Annual report of the Punjab Veterinary College and of the Civil Veterinary Department, Punjab - 1926-1932
Year: 1926
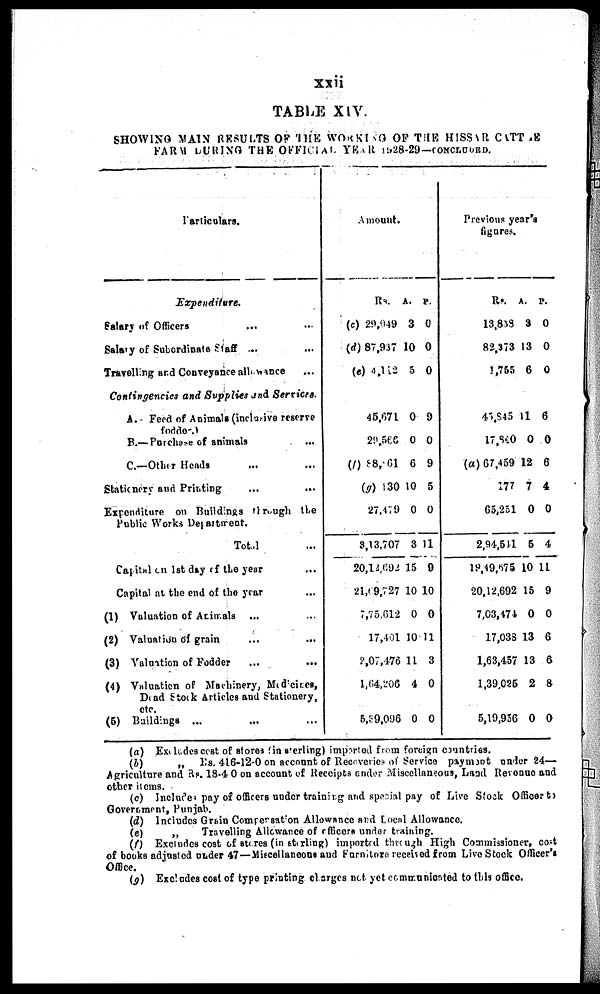
xxii
TABLE XIV.
SHOWING MAIN RESULTS OF THE WORKING OF THE HISSAR CATTLE
FARM DURING THE OFFICIAL YEAR 1928-29—CONCLUDED.
Particulars.
Expenditure.
Salary of Officers ... ...
Salary of Subordinate Staff ... ...
Travelling and Conveyance allowance ...
Contingencies and Supplies and Services.
A. Feed of Animals (inclusive reserve
fodds.)
B.— Purchase of animals
...
C.—Other Heads ... ...
Stationery and Printing
...
...
Expenditure on Buildings through the
Public Works Department.
Total ...
Capital on 1st day of the year ...
Capital at the end of the year ...
(1) Valuation of Animals ... ...
(2) Valuation of grain ... ...
(3) Valuation of Fodder … …
(4) Valuation of Machinery, Medicines,
Dead Stock Articles and Stationery,
etc.
(5) Buildings ... ... ...
Amount.
Rs.
(c) 29,949
(d) 87,937
(e) 4,112
45,671
29,566
(f) 88, 61
(g) 130
27,4V 9
3,13,707
20,12,692 15 9
21,19,727
7,75,612
17,401
2,07,476
1,64,206
5,39,096
A.
3
10
5
0
0
6
10
0
3
10
0
10
11
4
0
P.
0
0
0
9
0
9
5
0
11
10
0
11
3
0
0
Previous ye
figures.
ar's
Rs.
13,838
82,373
1,755
45,845
17,840
(a) 67,459
177
65,251
2,94,5)1
19,49,675
20,12,692
7,03,474
17,033
1,63,457
1,39,025
5,19,936
A.
3
13
6
11
0
12
7
0
6
10
15
0
13
13
2
0
P.
0
0
0
6
0
6
4
0
4
11
9
0
6
6
8
0
(a) Excludes cost of stores (in sterling) imported from foreign countries.
(b)
„ Rs. 416-12-0 on account of Receveries of Service payment under 24—
Agriculture and Rs. 18.40 on account of Receipts under Miscellaneous, Land Revenue and
other items.
(c) Includes pay of officers under training and special pay of Live Stock Officer to
Government, Punjab.
(d) Includes Grain Compersation Allowance and Local Allowance.
(e)
„
Travelling Allowance of officers under training.
(f) Excludes cost of stores (in starling) imported through High Commissioner, cost
of books adjusted under 47—Miscellaneous and Furniture received from Live Stock Officer's
Office.
(g) Excludes cost of type printing charges not yet communicated to this office.